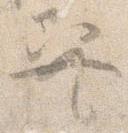
巽